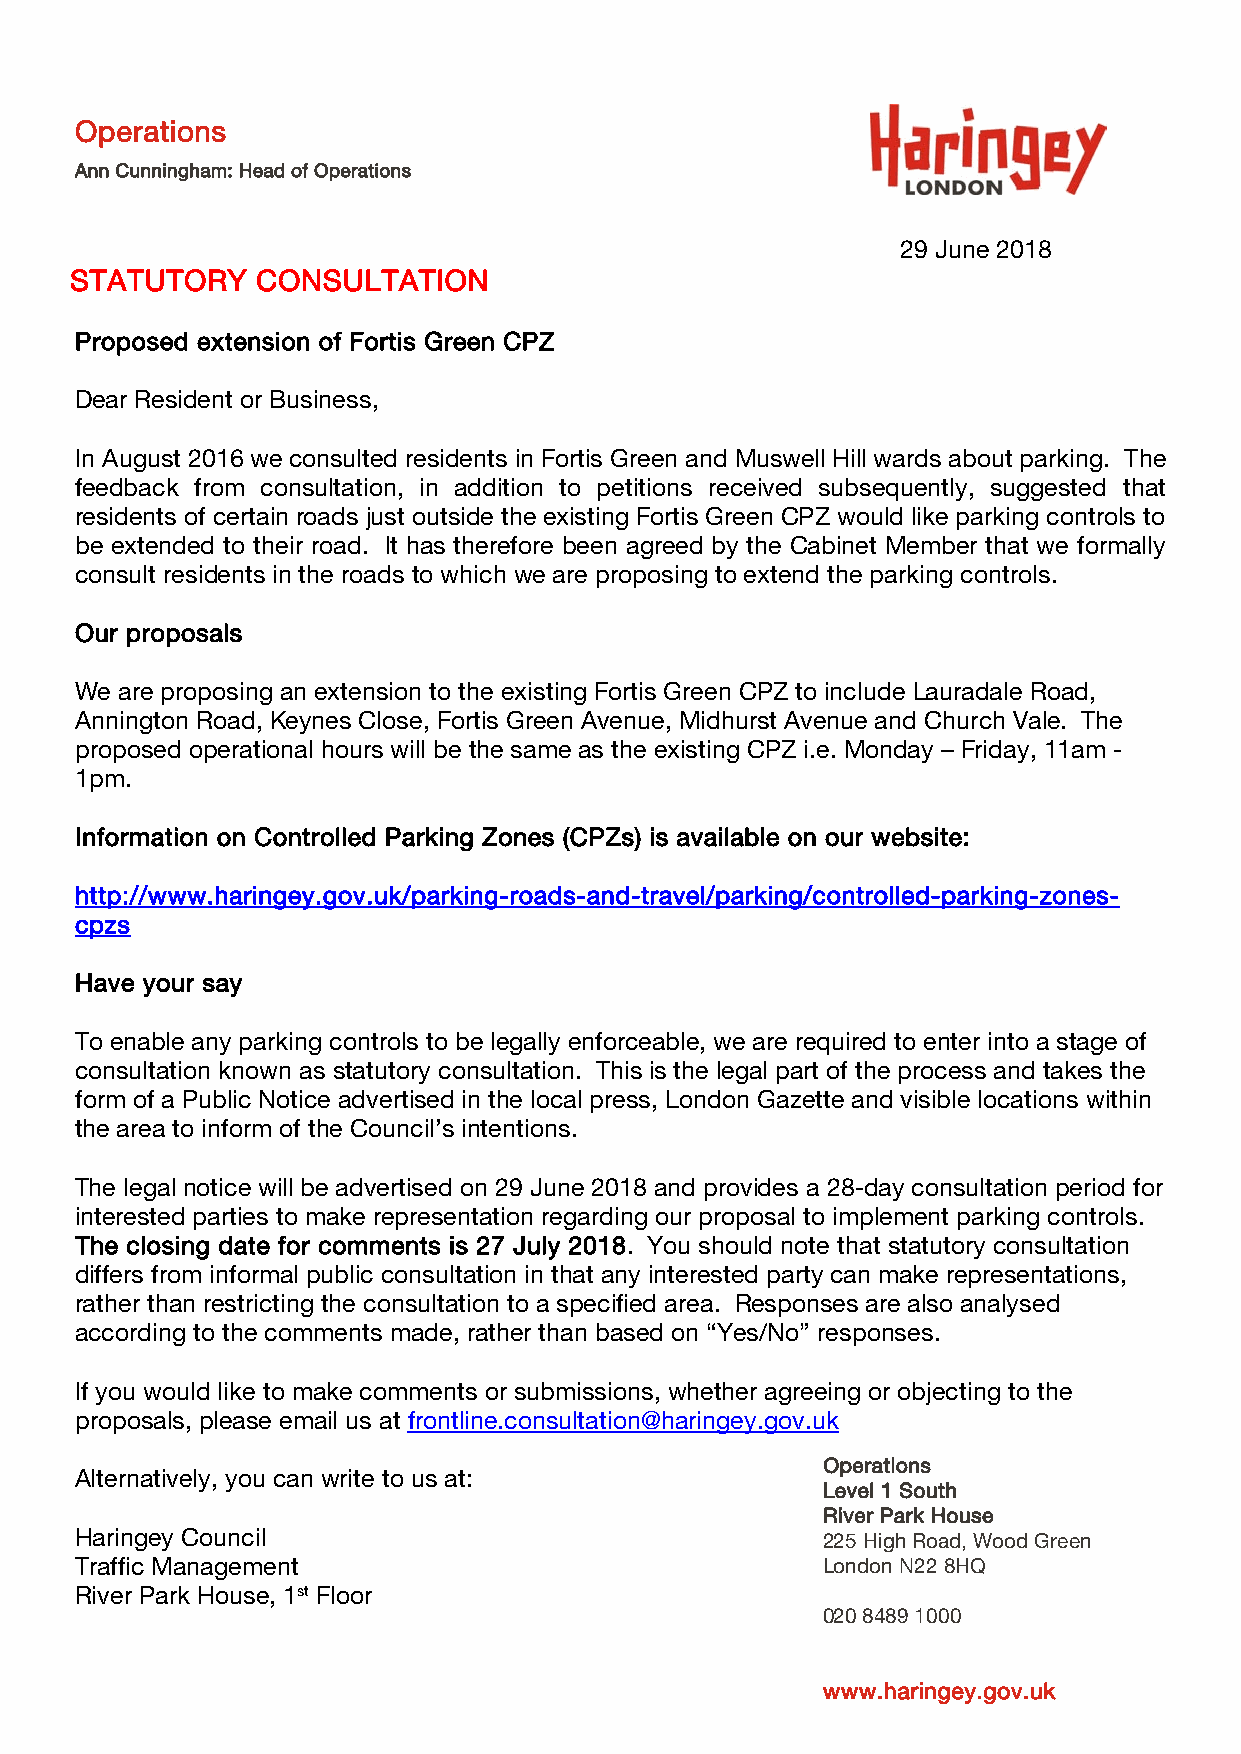
Operations
 Ann Cunningham: Head of Operations
 29 June 2018
 STATUTORY   CONSULTATION
 Proposed extension of Fortis Green CPZ
 Dear Resident or Business,
 In August 2016 we consulted residents in Fortis Green and Muswell Hill wards about parking. The
 feedback from consultation, in addition to petitions received subsequently, suggested that
 residents of certain roads just outside the existing Fortis Green CPZ would like parking controls to
 be extended to their road. It has therefore been agreed by the Cabinet Member that we formally
 consult residents in the roads to which we are proposing to extend the parking controls.
 Our proposals
 We are proposing an extension to the existing Fortis Green CPZ to include Lauradale Road,
 Annington Road, Keynes Close, Fortis Green Avenue, Midhurst Avenue and Church Vale. The
 proposed operational hours will be the same as the existing CPZ i.e. Monday – Friday, 11am -
 1pm.
 Information on Controlled Parking Zones (CPZs) is available on our website:
 http://www.haringey.gov.uk/parking-roads-and-travel/parking/controlled-parking-zones-
 cpzs
 Have your say
 To enable any parking controls to be legally enforceable, we are required to enter into a stage of
 consultation known as statutory consultation. This is the legal part of the process and takes the
 form of a Public Notice advertised in the local press, London Gazette and visible locations within
 the area to inform of the Council’s intentions.
 The legal notice will be advertised on 29 June 2018 and provides a 28-day consultation period for
 interested parties to make representation regarding our proposal to implement parking controls.
 The closing date for comments is 27 July 2018. You should note that statutory consultation
 differs from informal public consultation in that any interested party can make representations,
 rather than restricting the consultation to a specified area. Responses are also analysed
 according to the comments made, rather than based on “Yes/No” responses.
 If you would like to make comments or submissions, whether agreeing or objecting to the
 proposals, please email us at frontline.consultation@haringey.gov.uk
 Operations
 Alternatively, you can write to us at:
 Level 1 South
 River Park House
 Haringey Council                                 225 High Road, Wood Green
 Traffic Management                               London N22 8HQ
 River Park House, 1st Floor
 020 8489 1000
 www.haringey.gov.uk